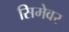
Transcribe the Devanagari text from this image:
सिमेवर